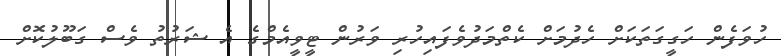
ހުވަފެން ހަގީގަތަކަށް ހެދުމަށް ކެތްމަދުވެފައިހުރި ވަރުން ޓީވީއެމްގެ އެ ޝަރުތު ވެސް ގަބޫލުކޮށް